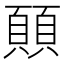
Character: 𩔊